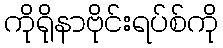
ကိုရိုနာဗိုင်းရပ်စ်ကို